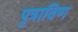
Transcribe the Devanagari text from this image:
पुत्राविण